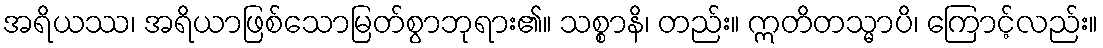
အရိယဿ၊ အရိယာဖြစ်သောမြတ်စွာဘုရား၏။ သစ္စာနိ၊ တည်း။ ဣတိတသ္မာပိ၊ ကြောင့်လည်း။